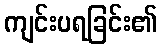
ကျင်းပရခြင်း၏